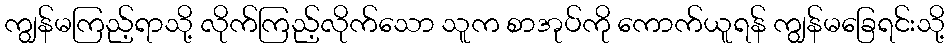
ကျွန်မကြည့်ရာသို့ လိုက်ကြည့်လိုက်သော သူက စာအုပ်ကို ကောက်ယူရန် ကျွန်မခြေရင်းသို့